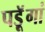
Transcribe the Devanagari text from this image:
पडॅ़ूगां